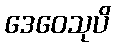
ဒေဝေသုပိ